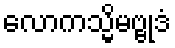
လောကသ္မိမဗ္ဗုဒံ